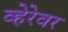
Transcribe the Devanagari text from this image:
व्हेरेवर